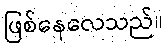
ဖြစ်နေလေသည်။